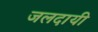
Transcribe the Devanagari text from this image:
जलदायी